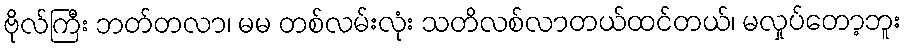
ဗိုလ်ကြီး ဘတ်တလာ၊ မမ တစ်လမ်းလုံး သတိလစ်လာတယ်ထင်တယ်၊ မလှုပ်တော့ဘူး